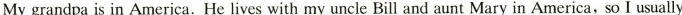
Mygrandpa is in America.He lives with my uncle Bill and aunt Mary in America, so I usually